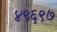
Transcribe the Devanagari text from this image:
४९६९७